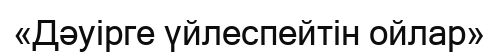
«Дәуірге үйлеспейтін ойлар»